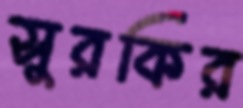
সুরকির